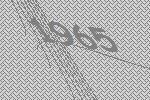
1965